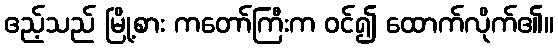
ဧည့်သည် မြို့စား ကတော်ကြီးက ဝင်၍ ထောက်လိုက်၏။